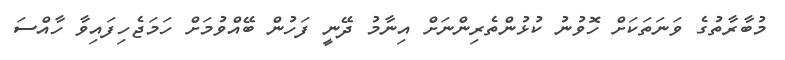
މުބާރާތުގެ ވަނަތަކަށް ހޮވުނު ކުޅުންތެރިންނަށް އިނާމު ދޭނީ ފަހުން ބޭއްވުމަށް ހަމަޖެހިފައިވާ ހާއްސަ